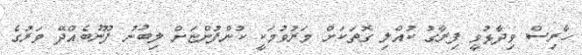
ހާރިސް ވިދާޅުވީ ފިރާގު ކުއްލި ގޮތަކަށް މަރުވުމަކީ ކުންފުންޏަށް ލިބުނު ފޫނުބެއްދޭ ވަރުގެ